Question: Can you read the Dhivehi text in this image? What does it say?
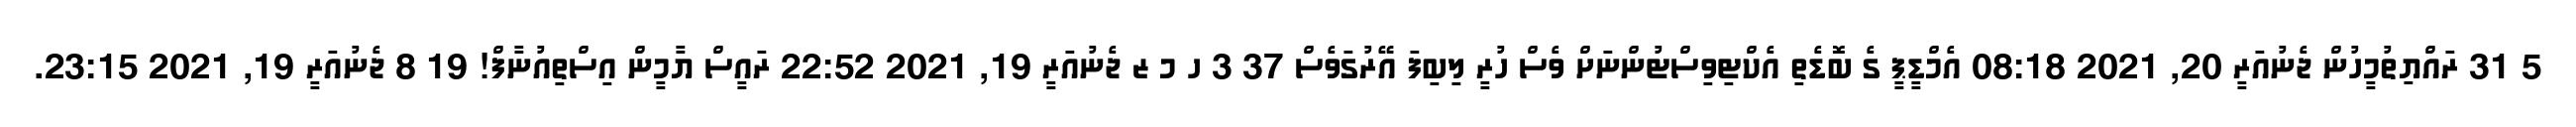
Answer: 5 31 ރައްޔިތުމީހުން ޖެނުއަރީ 20, 2021 08:18 އެމްޑީޕީ ގެ ބޮޑެތި އެކްޓިވިސްޓުންނަށް ވެސް ހުރީ ލިބިފަ އޭރުގަވެސް 37 3 ހ މ ޒ ޖެނުއަރީ 19, 2021 22:52 ރައީސް ޔާމީން އިސްތިއުނާފް! 19 8 ޖެނުއަރީ 19, 2021 23:15.